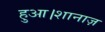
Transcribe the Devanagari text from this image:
हुआ।शानाज़